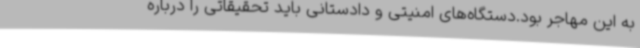
به این مهاجر بود.دستگاه‌های امنیتی و دادستانی باید تحقیقاتی را درباره